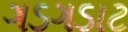
ગડગડાટ